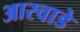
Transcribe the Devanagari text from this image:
आरवाडे